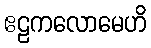
ဧဠကလောမေဟိ